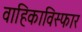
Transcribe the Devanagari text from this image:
वाहिकाविस्फार